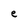
Character: e